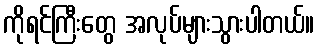
ကိုရင်ကြီးတွေ အလုပ်များသွားပါတယ်။